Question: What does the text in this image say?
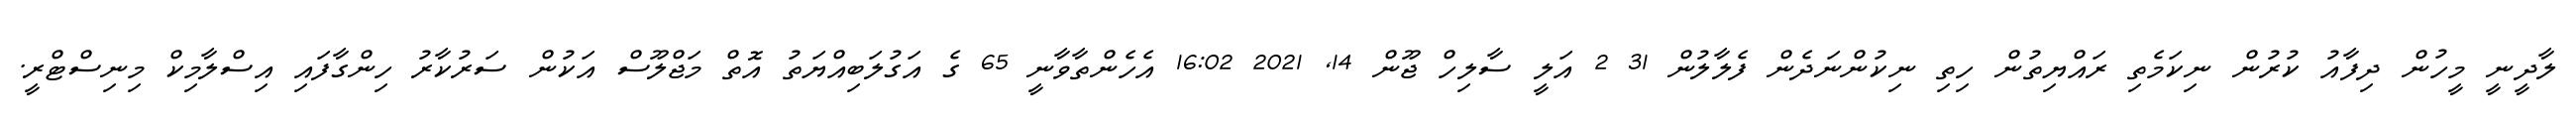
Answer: ލާދީނީ މީހުން ދިފާއު ކުރުން ނިކަމެތި ރައްޔިތުން ހިތި ނިކުންނަދެން ފެލާލުން 31 2 އަލީ ސާލިހް ޖޫން 14, 2021 16:02 އެހެންތާވާނީ 65 ގެ އަގުލަބިއްޔަތު އޮތް މަޖްލޫސް އަކުން ސަރުކާރު ހިންގާފައި އިސްލާމިކް މިނިސްޓްރީ.